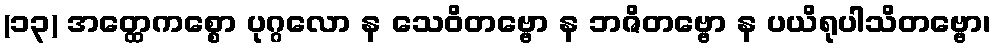
(၁၃) အတ္ထေကစ္စော ပုဂ္ဂလော န သေဝိတဗ္ဗော န ဘဇိတဗ္ဗော န ပယိရုပါသိတဗ္ဗော၊